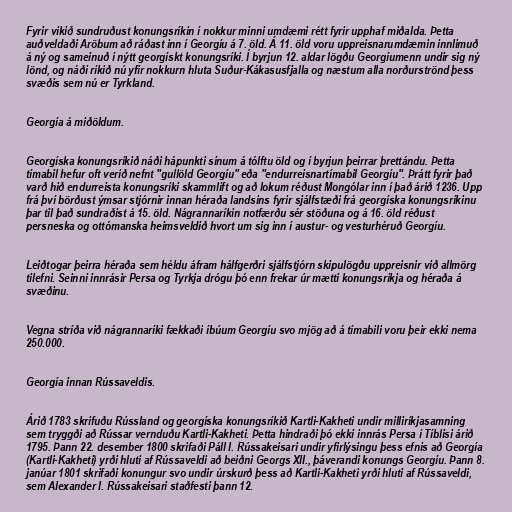
Fyrir vikið sundruðust konungsríkin í nokkur minni umdæmi rétt fyrir upphaf miðalda. Þetta
auðveldaði Aröbum að ráðast inn í Georgíu á 7. öld. Á 11. öld voru uppreisnarumdæmin innlimuð
á ný og sameinuð í nýtt georgískt konungsríki. Í byrjun 12. aldar lögðu Georgíumenn undir sig ný
lönd, og náði ríkið nú yfir nokkurn hluta Suður-Kákasusfjalla og næstum alla norðurströnd þess
svæðis sem nú er Tyrkland.

Georgía á miðöldum.

Georgíska konungsríkið náði hápunkti sínum á tólftu öld og í byrjun þeirrar þrettándu. Þetta
tímabil hefur oft verið nefnt "gullöld Georgíu" eða "endurreisnartímabil Georgíu". Þrátt fyrir það
varð hið endurreista konungsríki skammlíft og að lokum réðust Mongólar inn í það árið 1236. Upp
frá því börðust ýmsar stjórnir innan héraða landsins fyrir sjálfstæði frá georgíska konungsríkinu
þar til það sundraðist á 15. öld. Nágrannaríkin notfærðu sér stöðuna og á 16. öld réðust
persneska og ottómanska heimsveldið hvort um sig inn í austur- og vesturhéruð Georgíu.

Leiðtogar þeirra héraða sem héldu áfram hálfgerðri sjálfstjórn skipulögðu uppreisnir við allmörg
tilefni. Seinni innrásir Persa og Tyrkja drógu þó enn frekar úr mætti konungsríkja og héraða á
svæðinu.

Vegna stríða við nágrannaríki fækkaði íbúum Georgíu svo mjög að á tímabili voru þeir ekki nema
250.000.

Georgía innan Rússaveldis.

Árið 1783 skrifuðu Rússland og georgíska konungsríkið Kartli-Kakheti undir milliríkjasamning
sem tryggði að Rússar vernduðu Kartli-Kakheti. Þetta hindraði þó ekki innrás Persa í Tíblisi árið
1795. Þann 22. desember 1800 skrifaði Páll I. Rússakeisari undir yfirlýsingu þess efnis að Georgía
(Kartli-Kakheti) yrði hluti af Rússaveldi að beiðni Georgs XII., þáverandi konungs Georgíu. Þann 8.
janúar 1801 skrifaði konungur svo undir úrskurð þess að Kartli-Kakheti yrði hluti af Rússaveldi,
sem Alexander I. Rússakeisari staðfesti þann 12.